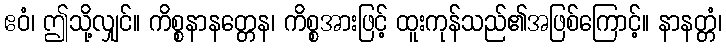
ဧဝံ၊ ဤသို့လျှင်။ ကိစ္စနာနတ္တေန၊ ကိစ္စအားဖြင့် ထူးကုန်သည်၏အဖြစ်ကြောင့်။ နာနတ္တံ၊